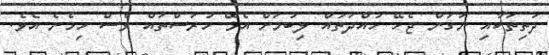
ދަތިތަކާއި ނަގަން ޖެހޭ ހުއްދަތައް ލިބުމަށް އެޅޭ ހުރަސްތައް ވެސް ހިމެނެ އެވެ.